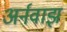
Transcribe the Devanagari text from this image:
अर्नवाझ